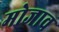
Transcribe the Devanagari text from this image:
मोजाव